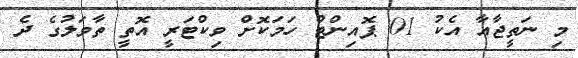
މި ނަތީޖާއާ އެކު 01 ޕޮއިންޓް ހަމަކޮށް ވިކްޓަރީ އޮތީ ތާވަލުގެ ދެ